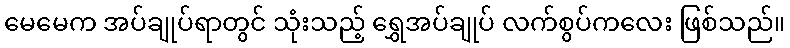
မေမေက အပ်ချုပ်ရာတွင် သုံးသည့် ရွှေအပ်ချုပ် လက်စွပ်ကလေး ဖြစ်သည်။